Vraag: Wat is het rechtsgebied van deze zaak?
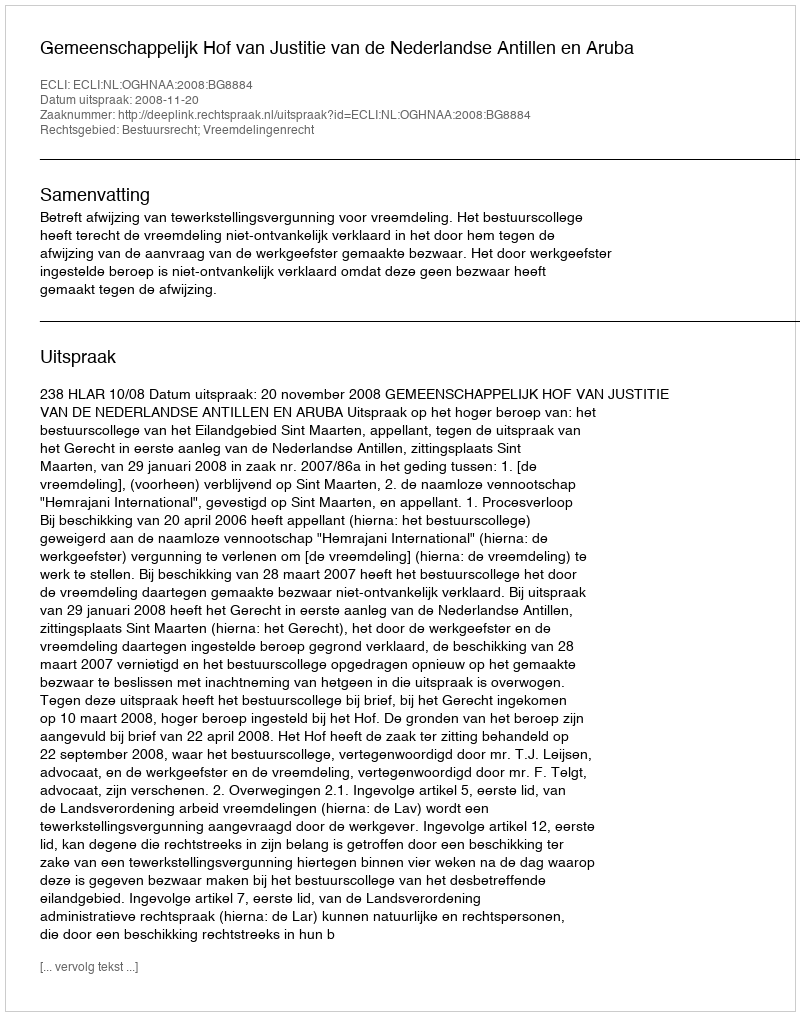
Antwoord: Bestuursrecht; Vreemdelingenrecht